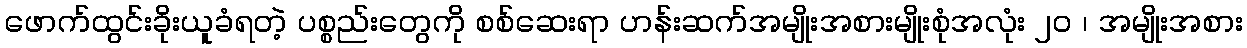
ဖောက်ထွင်းခိုးယူခံရတဲ့ ပစ္စည်းတွေကို စစ်ဆေးရာ ဟန်းဆက်အမျိုးအစားမျိုးစုံအလုံး ၂၀ ၊ အမျိုးအစား